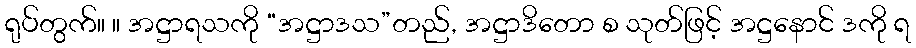
ရုပ်တွက်။ ။ အဋ္ဌာရသကို “အဋ္ဌာဒသ”တည်, အဋ္ဌာဒိတော စ သုတ်ဖြင့် အဋ္ဌနောင် ဒကို ရ